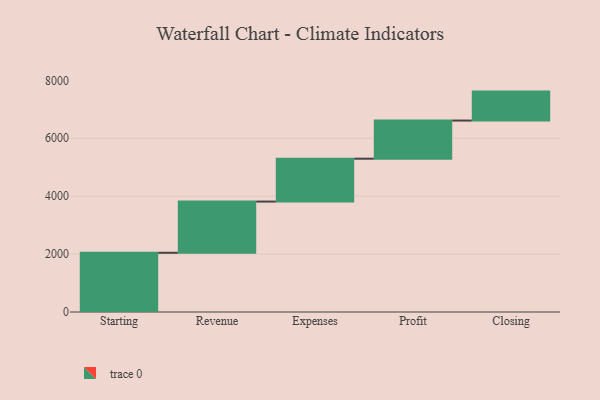
{"axis": {"x": "Step", "y": "Value"}, "legend": [""], "data": [{"x": "Starting", "y": 2045.0, "type": ""}, {"x": "Revenue", "y": 1769.0, "type": ""}, {"x": "Expenses", "y": 1481.0, "type": ""}, {"x": "Profit", "y": 1317.0, "type": ""}, {"x": "Closing", "y": 1000, "type": ""}]}